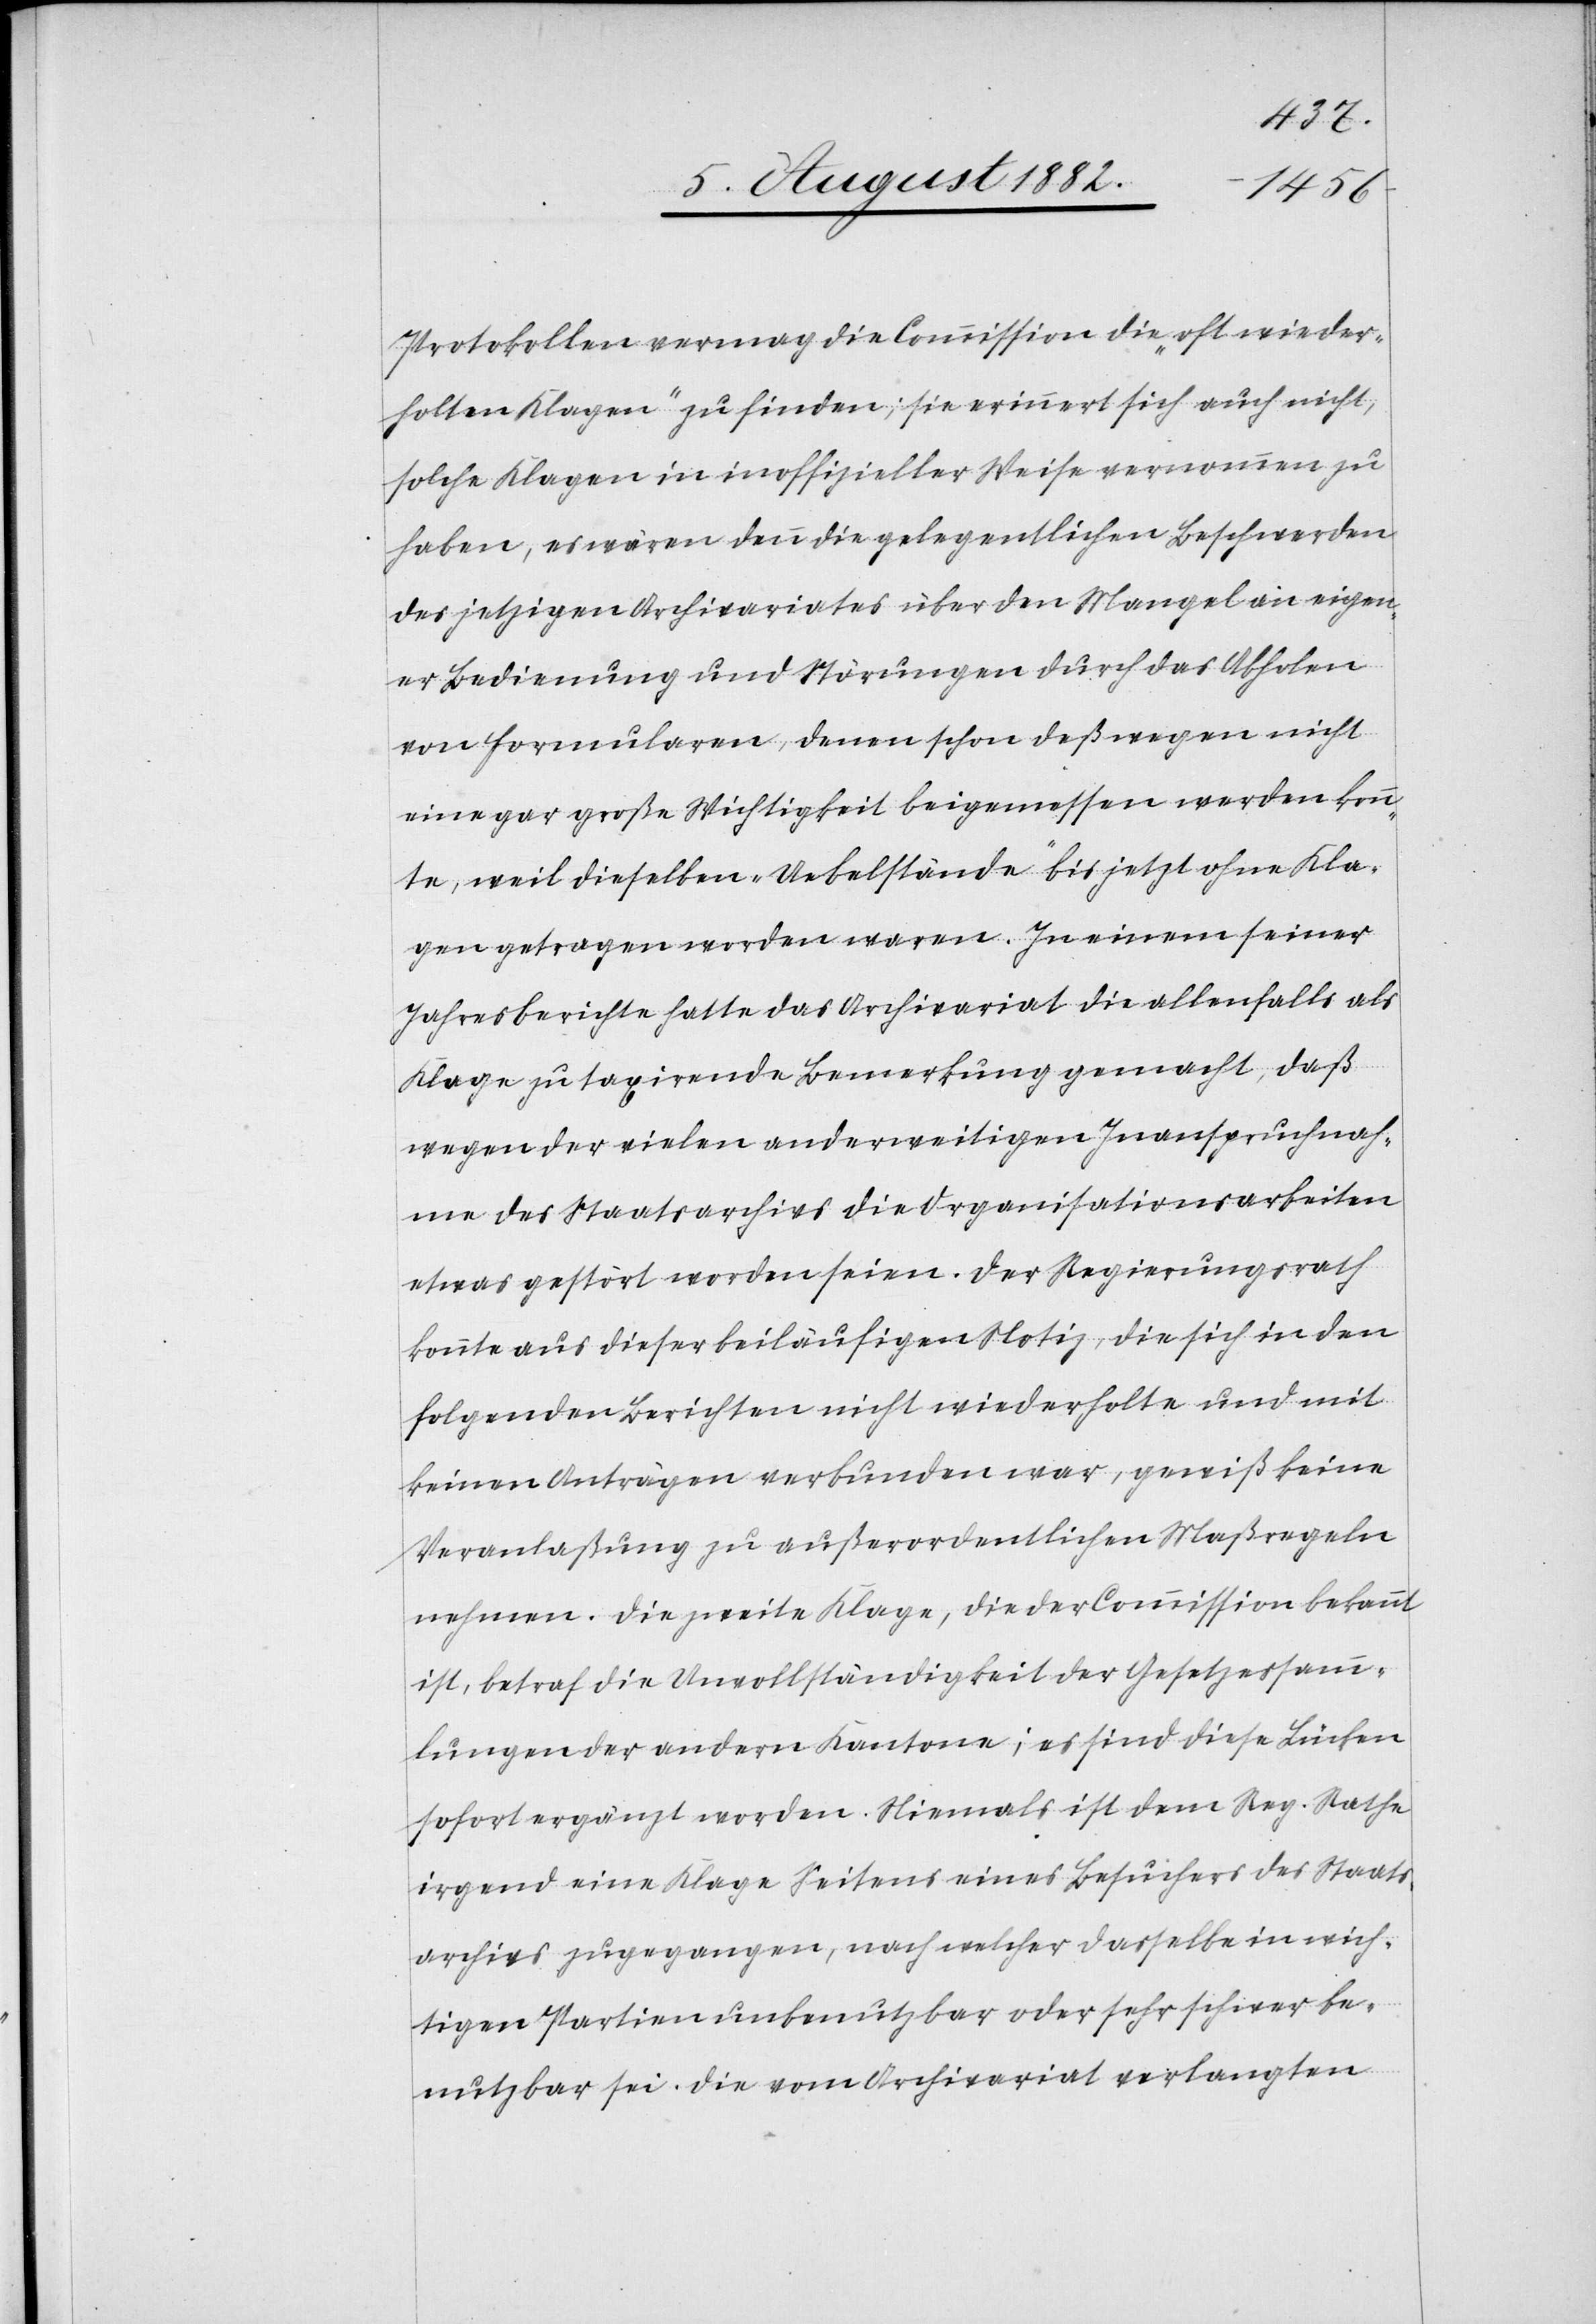
Protokollen vermag die Commission die „oft wieder¬
holten Klagen“ zu finden; sie erinnert sich auch nicht,
solche Klagen in inoffizieller Weise vernommen zu
haben, es wären denn die gelegentlichen Beschwerden
des jetzigen Archivariates über den Mangel an eigen¬
er Bedienung und Störungen durch das Abholen
von Formularen, denen schon deßwegen nicht
eine gar große Wichtigkeit beigemessen werden konn¬
te, weil dieselben „Uebelstände“ bis jetzt ohne Kla¬
gen getragen worden waren. In einem seiner
Jahresberichte hatte das Archivariat die allenfalls als
Klage zu taxirende Bemerkung gemacht, daß
wegen der vielen anderweitigen Inanspruchnah¬
me des Staatsarchivs die Organisationsarbeiten
etwas gestört worden seien. Der Regierungsrath
konnte aus dieser beiläufigen Notiz, die sich in den
folgenden Berichten nicht wiederholte und mit
keinen Anträgen verbunden war, gewiß keine
Veranlaßung zu außerordentlichen Maßregeln
nehmen. Die zweite Klage, die der Commission bekannt
ist, betraf die Unvollständigkeit der Gesetzessamm¬
lungen der andern Kantone; es sind diese Lücken
sofort ergänzt worden. Niemals ist dem Reg. Rathe
irgend eine Klage Seitens eines Besuchers des Staats¬
archivs zugegangen, nach welcher dasselbe in wich¬
tigen Partien unbenutzbar oder sehr schwer be¬
nutzbar sei. Die vom Archivariat verlangten